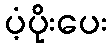
ပံ့ပိုးပေး